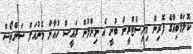
ކޮލަމްބިއާގެ ފޮރިން މިނިސްޓްރީން ބުނީ އެ ނިންމުން ރައީސް ހުއާން މެނުއަލް ސަންތޯސް